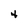
Character: 4